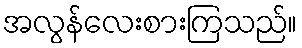
အလွန်လေးစားကြသည်။